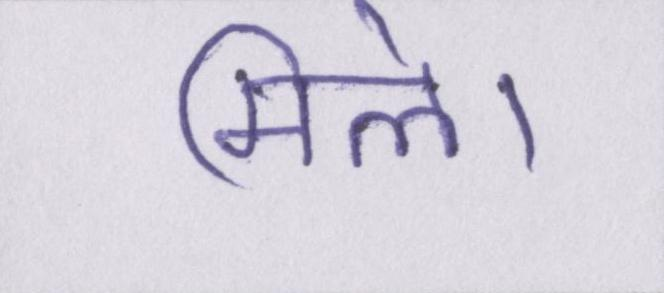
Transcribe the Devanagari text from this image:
मिले।